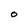
Character: O